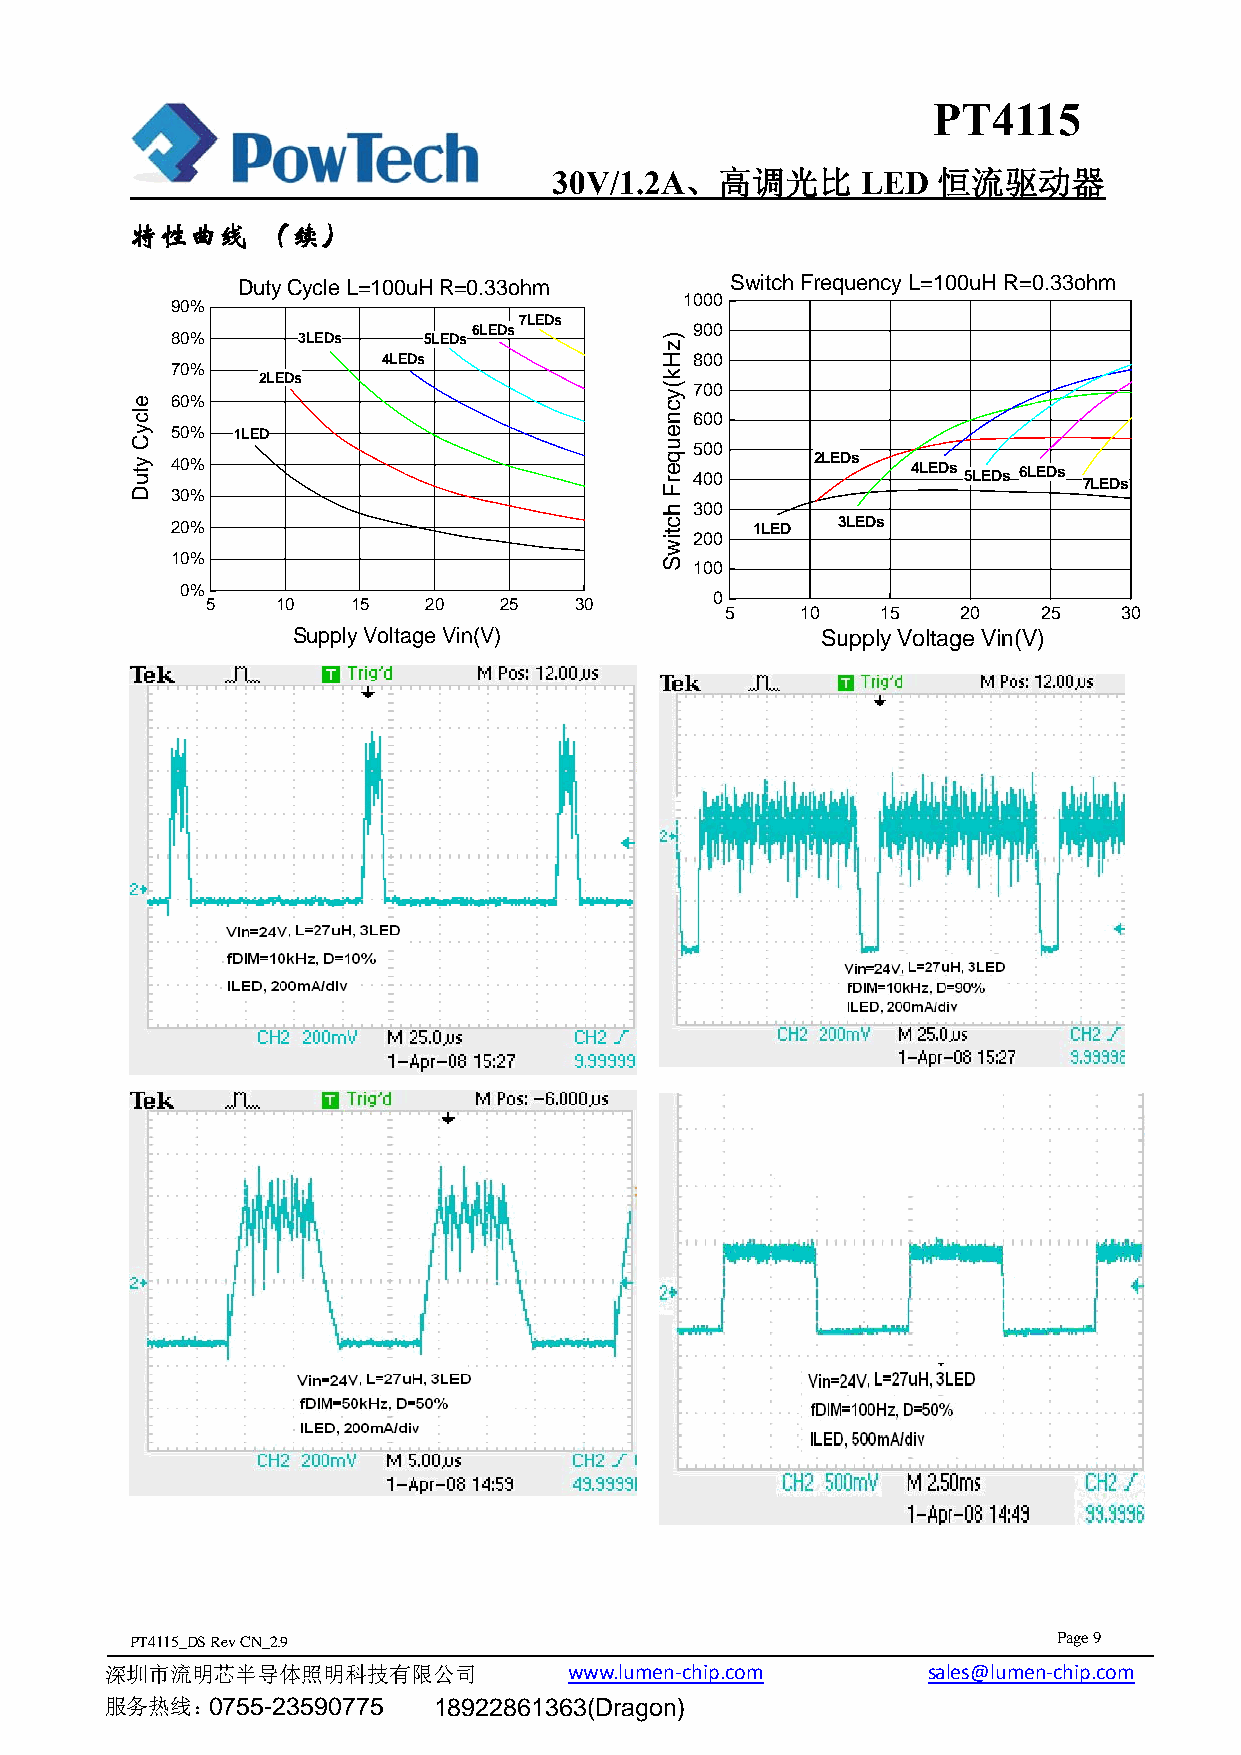
PT4115
 30V/1.2A、高调光比       LED  恒流驱动器
 特性曲线    （续）
 Duty Cycle L=100uH R=0.33ohm    Switch Frequency L=100uH R=0.33ohm
 1000
 90%
 7LEDs
 6LEDs          900
 80%      3LEDs   5LEDs
 4LEDs                800
 70%
 2LEDs
 700
 60%
 600
 50% 1LED
 500
 40%                                400     2LEDs 4LEDs 5LEDs 6LEDs
 7LEDs
 30%
 300
 20%                                    1LED 3LEDs
 200
 10%
 100
 0%
 0
 5   10   15   20   25   30
 5    10   15    20   25   30
 Supply Voltage Vin(V)              Supply Voltage Vin(V)
 PT4115_DS RevCN_2.9                                          Page 9
 深圳市流明芯半导体照明科技有限公司              w w w .l u m en-chip.com sales@lumen-chip.com
 服务热线：0755-23590775    18922861363(Dragon)
 elcyC
 ytuD
 )zHk(ycneuqerF
 hctiwS